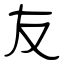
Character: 友